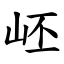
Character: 岯